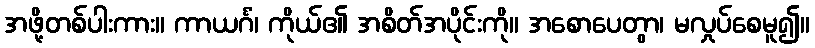
အဖို့တစ်ပါးကား။ ကာယင်္ဂံ၊ ကိုယ်၏ အစိတ်အပိုင်းကို။ အစောပေတွာ၊ မလှုပ်စေမူ၍။